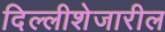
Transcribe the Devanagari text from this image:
दिल्लीशेजारील